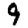
Digit: 9